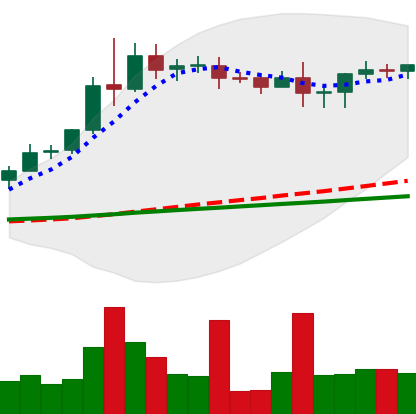
Ticker: XRP-USD
Chart end date: 2020-08-16
Forward return: -7.516%
Label: down_7plus